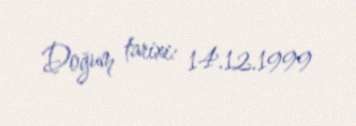
Doğum tarixi: 14.12.1999